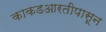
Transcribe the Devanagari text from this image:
काकडआरतीपासून